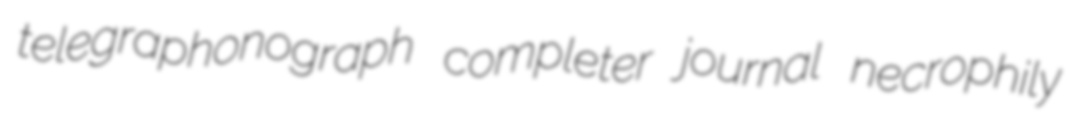
telegraphonograph completer journal necrophily